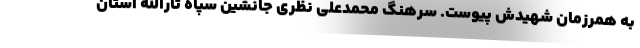
به همرزمان شهیدش پیوست. سرهنگ محمدعلی نظری جانشین سپاه ثارالله استان